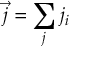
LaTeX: { \vec { j } } = \sum _ { j } j _ { i }